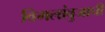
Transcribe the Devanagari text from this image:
विमलांबुजाची